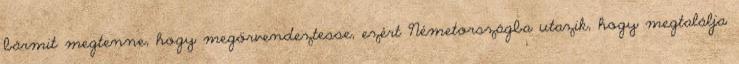
bármit megtenne, hogy megörvendeztesse, ezért Németországba utazik, hogy megtalálja